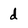
Character: d